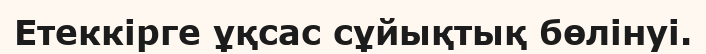
Етеккірге ұқсас сұйықтық бөлінуі.